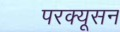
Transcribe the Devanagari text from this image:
परक्यूसन